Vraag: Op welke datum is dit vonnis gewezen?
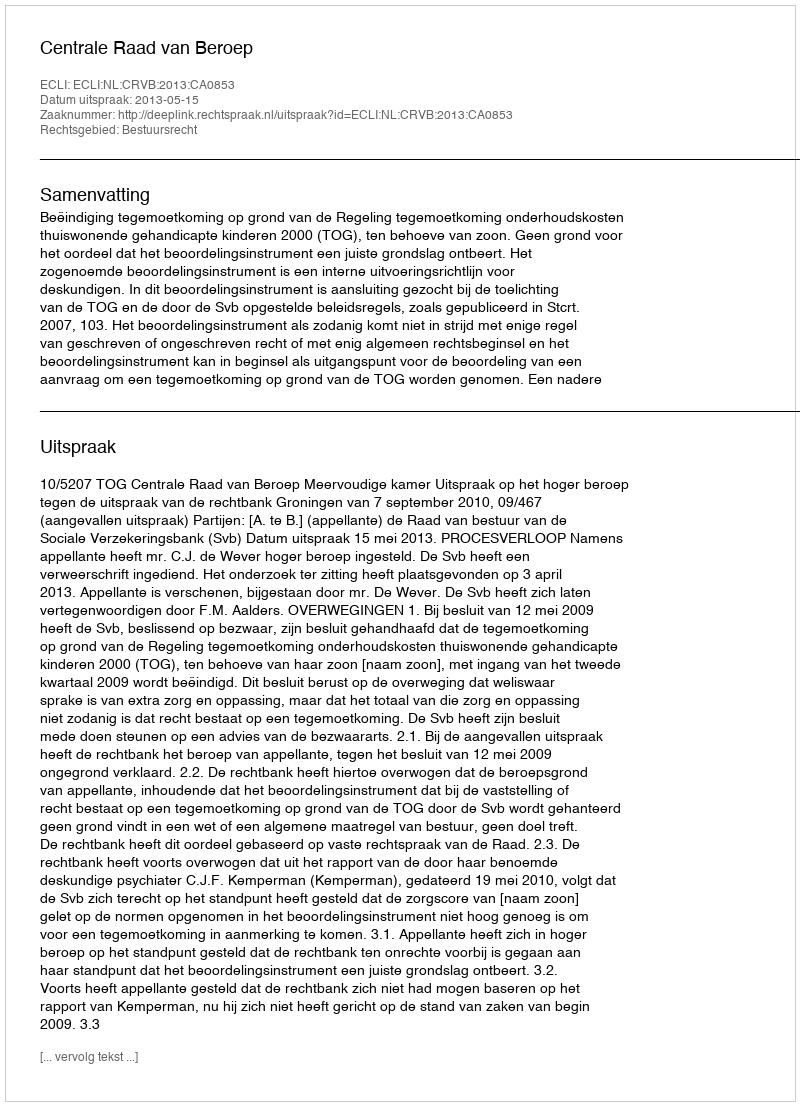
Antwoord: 2013-05-15